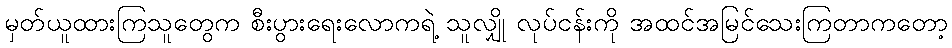
မှတ်ယူထားကြသူတွေက စီးပွားရေးလောကရဲ့ သူလျှို လုပ်ငန်းကို အထင်အမြင်သေးကြတာကတော့